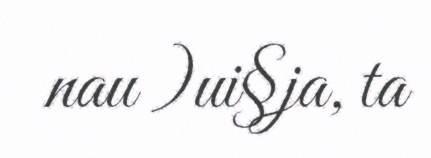
nau )ui§ja, ta